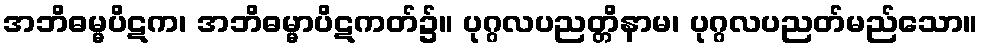
အဘိဓမ္မပိဋက၊ အဘိဓမ္မာပိဋကတ်၌။ ပုဂ္ဂလပညတ္တိနာမ၊ ပုဂ္ဂလပညတ်မည်သော။